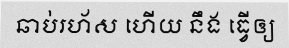
ឆាប់រហ័ស ហើយ នឹង ធ្វើឲ្យ